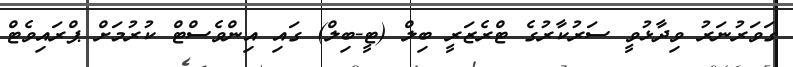
ގަވަރުނަރު ވިދާޅުވީ ސަރުކާރުގެ ޓްރެޒަރީ ބިލް (ޓީ-ބިލް) ގައި އިންވެސްޓް ކުރުމަށް ޕްރައިވެޓް